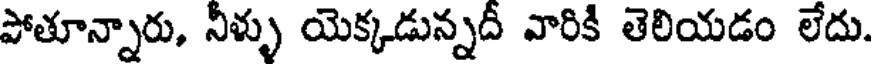
పోతూన్నారు, నీళ్ళు యెక్కడున్నదీ వారికి తెలియడం లేదు.